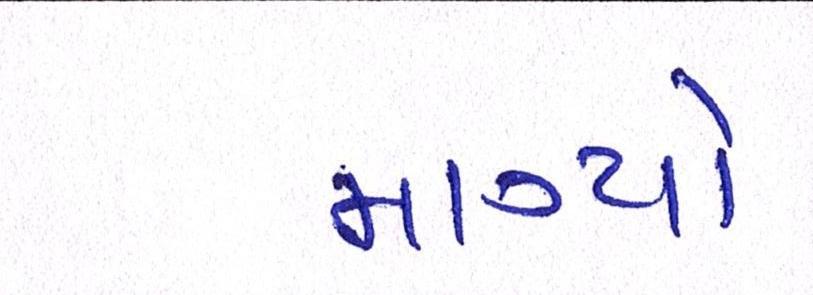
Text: માગ્યો